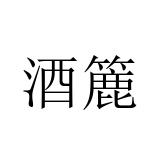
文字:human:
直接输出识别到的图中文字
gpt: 酒簏